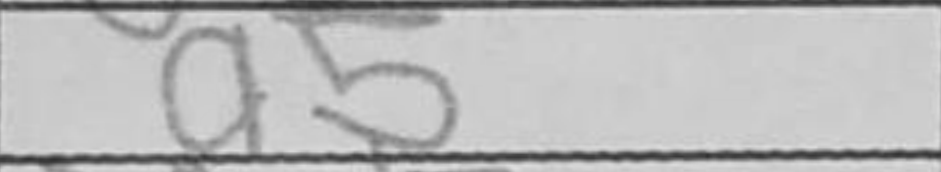
Transcription: a5